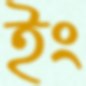
ইং